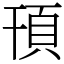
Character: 頇